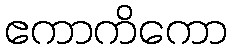
ဧကာကိကော